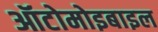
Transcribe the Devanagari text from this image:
ऑटोमोइबाइल